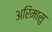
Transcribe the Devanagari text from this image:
अरिमासु